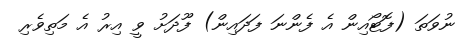
ނުވަތަ (ފޮޓޯއިން އެ ފެންނަ ފަދައިން) ފޫދަށު ވީ އިރު އެ މަތިވެރި